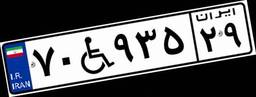
۷۰W۹۳۵۲۹